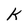
Character: k